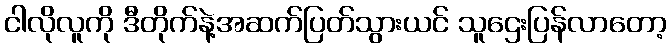
ငါလိုလူကို ဒီတိုက်နဲ့အဆက်ပြတ်သွားယင် သူဌေးပြန်လာတော့